Annual administration report of the Civil Veterinary Department of India - 1897-1898
Year: 1897
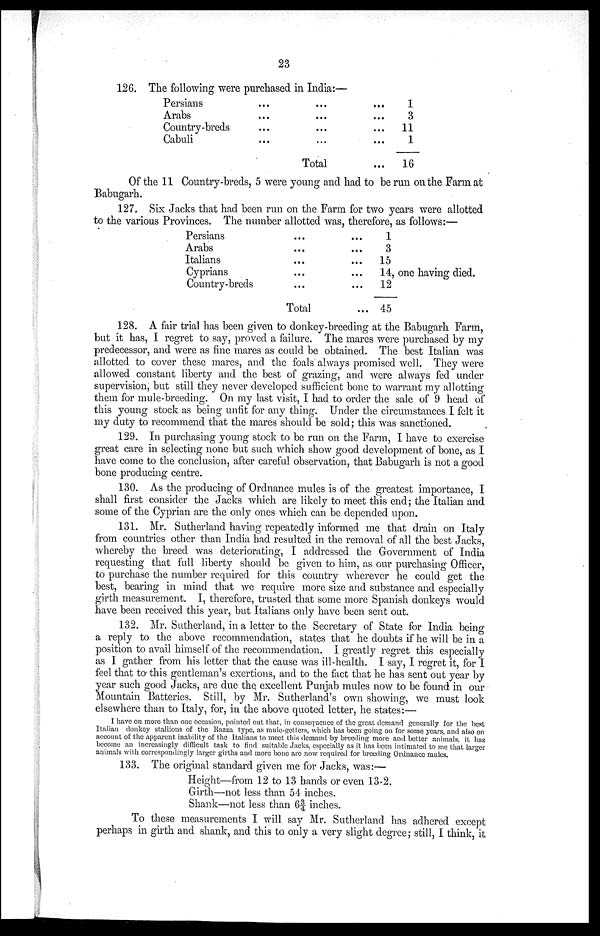
23
126. The following were purchased in India:—
Persians
Arabs
Country-breds
Cabuli
...
...
...
...
...
...
...
...
Total
...
...
...
...
...
1
3
11
1
16
Of the 11 Country-breds, 5 were young and had to be run on the Farm at
Babugarh.
127. Six Jacks that had been run on the Farm for two years were allotted
to the various Provinces. The number allotted was, therefore, as follows:—
Persians
Arabs
Italians
Cyprians
Country-breds
...
...
...
...
...
Total
...
...
...
...
...
1
3
15
14, one having died.
12
45
128. A fair trial has been given to donkey-breeding at the Babugarh Farm,
but it has, I regret to say, proved a failure. The mares were purchased by my
predecessor, and were as fine mares as could be obtained. The best Italian was
allotted to cover these mares, and the foals always promised well. They were
allowed constant liberty and the best of grazing, and were always fed under
supervision, but still they never developed sufficient bone to warrant my allotting
them for mule-breeding. On my last visit, I had to order the sale of 9 head of
this young stock as being unfit for any thing. Under the circumstances I felt it
my duty to recommend that the mares should be sold; this was sanctioned.
129. In purchasing young stock to be run on the Farm, I have to exercise
great care in selecting none but such which show good development of bone, as I
have come to the conclusion, after careful observation, that Babugarh is not a good
bone producing centre.
130. As the producing of Ordnance mules is of the greatest importance, I
shall first consider the Jacks which are likely to meet this end; the Italian and
some of the Cyprian are the only ones which can be depended upon.
131. Mr. Sutherland having repeatedly informed me that drain on Italy
from countries other than India had resulted in the removal of all the best Jacks,
whereby the breed was deteriorating, I addressed the Government of India
requesting that full liberty should be given to him, as our purchasing Officer,
to purchase the number required for this country wherever he could get the
best, bearing in mind that we require more size and substance and especially
girth measurement. I, therefore, trusted that some more Spanish donkeys would
have been received this year, but Italians only have been sent out.
132. Mr. Sutherland, in a letter to the Secretary of State for India being
a reply to the above recommendation, states that he doubts if he will be in a
position to avail himself of the recommendation. I greatly regret this especially
as I gather from his letter that the cause was ill-health. I say, I regret it, for I
feel that to this gentleman's exertions, and to the fact that he has sent out year by
year such good Jacks, are due the excellent Punjab mules now to be found in our
Mountain Batteries. Still, by Mr. Sutherland's own showing, we must look
elsewhere than to Italy, for, in the above quoted letter, he states:—
I have on more than one occasion, pointed out that, in consequence of the great demand generally for the best
Italian donkey stallions of the Razza type, as mule-getters, which has been going on for some years, and also on
account of the apparent inability of the Italians to meet this demand by breeding more and better animals, it has
become an increasingly difficult task to find suitable Jacks, especially as it has been intimated to me that larger
animals with correspondingly larger girths and more bone are now required for breeding Ordnance mules.
133. The original standard given me for Jacks, was:—
Height—from 12 to 13 hands or even 13-2.
Girth—not less than 54 inches.
Shank—not less than 6¾ inches.
To these measurements I will say Mr. Sutherland has adhered except
perhaps in girth and shank, and this to only a very slight degree; still, I think, it